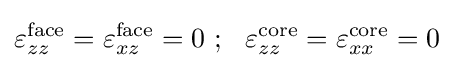
\varepsilon _{zz}^{\mathrm {face} }=\varepsilon _{xz}^{\mathrm {face} }=0~;~~\varepsilon _{zz}^{\mathrm {core} }=\varepsilon _{xx}^{\mathrm {core} }=0